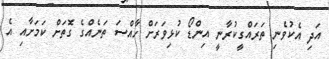
އަދި އެކުވެނި ތަރައްގީކުރާނީ އިންޑޯ ކުޅިވަރަށް ހާއްސަ ތަނެއްގެ ގޮތަށް ކަމަށާއި އެ